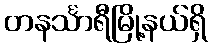
တနင်္သာရီမြို့နယ်ရှိ